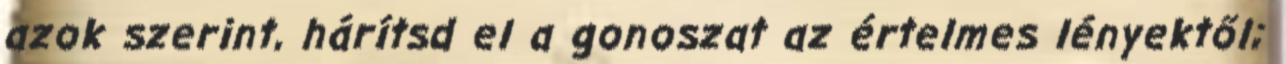
azok szerint, hárítsd el a gonoszat az értelmes lényektől;